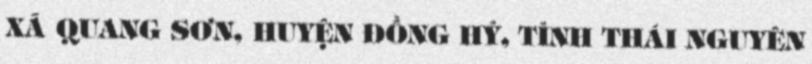
XÃ QUANG SƠN, HUYỆN ĐỒNG HỶ, TỈNH THÁI NGUYÊN